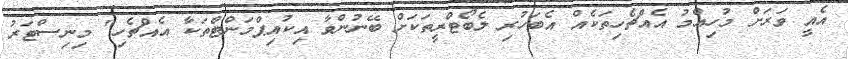
އެއީ ވަރަށް މުހިއްމު އެއްޗެހިތަކެއް އެބަހުރި ލެބޯޓްރީތަކަށް ބޭނުންވާ އިކުއިޕްމަންޓްތަކާ އެއްޗެހި" މިނިސްޓަރު